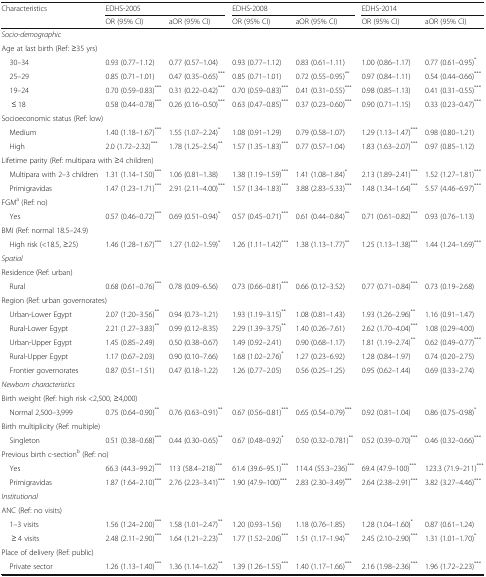
<table><thead><tr><td rowspan="2"><b>Characteristics</b></td><td colspan="2"><b>EDHS-2005</b></td><td colspan="2"><b>EDHS-2008</b></td><td colspan="2"><b>EDHS-2014</b></td></tr><tr><td><b>OR (95% CI)</b></td><td><b>aOR (95% CI)</b></td><td><b>OR (95% CI)</b></td><td><b>aOR (95% CI)</b></td><td><b>OR (95% CI)</b></td><td><b>aOR (95% CI)</b></td></tr></thead><tbody><tr><td colspan="7"><i>Socio-demographic</i></td></tr><tr><td colspan="7">Age at last birth (Ref: ≥35 yrs)</td></tr><tr><td> 30–34</td><td>0.93 (0.77–1.12)</td><td>0.77 (0.57–1.04)</td><td>0.93 (0.77–1.12)</td><td>0.83 (0.61–1.11)</td><td>1.00 (0.86–1.17)</td><td>0.77 (0.61–0.95)<sup>*</sup></td></tr><tr><td> 25–29</td><td>0.85 (0.71–1.01)</td><td>0.47 (0.35–0.65)<sup>***</sup></td><td>0.85 (0.71–1.01)</td><td>0.72 (0.55–0.95)<sup>**</sup></td><td>0.97 (0.84–1.11)</td><td>0.54 (0.44–0.66)<sup>***</sup></td></tr><tr><td> 19–24</td><td>0.70 (0.59–0.83)<sup>***</sup></td><td>0.31 (0.22–0.42)<sup>***</sup></td><td>0.70 (0.59–0.83)<sup>***</sup></td><td>0.41 (0.31–0.55)<sup>***</sup></td><td>0.98 (0.85–1.13)</td><td>0.41 (0.31–0.55)<sup>***</sup></td></tr><tr><td>≤ 18</td><td>0.58 (0.44–0.78)<sup>***</sup></td><td>0.26 (0.16–0.50)<sup>***</sup></td><td>0.63 (0.47–0.85)<sup>***</sup></td><td>0.37 (0.23–0.60)<sup>***</sup></td><td>0.90 (0.71–1.15)</td><td>0.33 (0.23–0.47)<sup>***</sup></td></tr><tr><td colspan="7">Socioeconomic status (Ref: low)</td></tr><tr><td> Medium</td><td>1.40 (1.18–1.67)<sup>***</sup></td><td>1.55 (1.07–2.24)<sup>*</sup></td><td>1.08 (0.91–1.29)</td><td>0.79 (0.58–1.07)</td><td>1.29 (1.13–1.47)<sup>***</sup></td><td>0.98 (0.80–1.21)</td></tr><tr><td> High</td><td>2.0 (1.72–2.32)<sup>***</sup></td><td>1.78 (1.25–2.54)<sup>**</sup></td><td>1.57 (1.35–1.83)<sup>***</sup></td><td>0.77 (0.57–1.04)</td><td>1.83 (1.63–2.07)<sup>***</sup></td><td>0.97 (0.85–1.12)</td></tr><tr><td colspan="7">Lifetime parity (Ref: multipara with ≥4 children)</td></tr><tr><td> Multipara with 2–3 children</td><td>1.31 (1.14–1.50)<sup>***</sup></td><td>1.06 (0.81–1.38)</td><td>1.38 (1.19–1.59)<sup>***</sup></td><td>1.41 (1.08–1.84)<sup>*</sup></td><td>2.13 (1.89–2.41)<sup>***</sup></td><td>1.52 (1.27–1.81)<sup>***</sup></td></tr><tr><td> Primigravidas</td><td>1.47 (1.23–1.71)<sup>***</sup></td><td>2.91 (2.11–4.00)<sup>***</sup></td><td>1.57 (1.34–1.83)<sup>***</sup></td><td>3.88 (2.83–5.33)<sup>***</sup></td><td>1.48 (1.34–1.64)<sup>***</sup></td><td>5.57 (4.46–6.97)<sup>***</sup></td></tr><tr><td colspan="7">FGM<sup>a</sup> (Ref: no)</td></tr><tr><td> Yes</td><td>0.57 (0.46–0.72)<sup>***</sup></td><td>0.69 (0.51–0.94)<sup>*</sup></td><td>0.57 (0.45–0.71)<sup>***</sup></td><td>0.61 (0.44–0.84)<sup>**</sup></td><td>0.71 (0.61–0.82)<sup>***</sup></td><td>0.93 (0.76–1.13)</td></tr><tr><td colspan="7">BMI (Ref: normal 18.5–24.9)</td></tr><tr><td> High risk (&lt;18.5, ≥25)</td><td>1.46 (1.28–1.67)<sup>***</sup></td><td>1.27 (1.02–1.59)<sup>*</sup></td><td>1.26 (1.11–1.42)<sup>***</sup></td><td>1.38 (1.13–1.77)<sup>**</sup></td><td>1.25 (1.13–1.38)<sup>***</sup></td><td>1.44 (1.24–1.69)<sup>***</sup></td></tr><tr><td colspan="7"><i>Spatial</i></td></tr><tr><td colspan="7">Residence (Ref: urban)</td></tr><tr><td> Rural</td><td>0.68 (0.61–0.76)<sup>***</sup></td><td>0.78 (0.09–6.56)</td><td>0.73 (0.66–0.81)<sup>***</sup></td><td>0.66 (0.12–3.52)</td><td>0.77 (0.71–0.84)<sup>***</sup></td><td>0.73 (0.19–2.68)</td></tr><tr><td colspan="7">Region (Ref: urban governorates)</td></tr><tr><td> Urban-Lower Egypt</td><td>2.07 (1.20–3.56)<sup>**</sup></td><td>0.94 (0.73–1.21)</td><td>1.93 (1.19–3.15)<sup>**</sup></td><td>1.08 (0.81–1.43)</td><td>1.93 (1.26–2.96)<sup>**</sup></td><td>1.16 (0.91–1.47)</td></tr><tr><td> Rural-Lower Egypt</td><td>2.21 (1.27–3.83)<sup>**</sup></td><td>0.99 (0.12–8.35)</td><td>2.29 (1.39–3.75)<sup>**</sup></td><td>1.40 (0.26–7.61)</td><td>2.62 (1.70–4.04)<sup>***</sup></td><td>1.08 (0.29–4.00)</td></tr><tr><td> Urban-Upper Egypt</td><td>1.45 (0.85–2.49)</td><td>0.50 (0.38–0.67)</td><td>1.49 (0.92–2.41)</td><td>0.90 (0.68–1.17)</td><td>1.81 (1.19–2.74)<sup>**</sup></td><td>0.62 (0.49–0.77)<sup>***</sup></td></tr><tr><td> Rural-Upper Egypt</td><td>1.17 (0.67–2.03)</td><td>0.90 (0.10–7.66)</td><td>1.68 (1.02–2.76)<sup>*</sup></td><td>1.27 (0.23–6.92)</td><td>1.28 (0.84–1.97)</td><td>0.74 (0.20–2.75)</td></tr><tr><td> Frontier governorates</td><td>0.87 (0.51–1.51)</td><td>0.47 (0.18–1.22)</td><td>1.26 (0.77–2.05)</td><td>0.56 (0.25–1.25)</td><td>0.95 (0.62–1.44)</td><td>0.69 (0.33–2.74)</td></tr><tr><td colspan="7"><i>Newborn characteristics</i></td></tr><tr><td colspan="7">Birth weight (Ref: high risk &lt;2,500, ≥4,000)</td></tr><tr><td> Normal 2,500–3,999</td><td>0.75 (0.64–0.90)<sup>**</sup></td><td>0.76 (0.63–0.91)<sup>**</sup></td><td>0.67 (0.56–0.81)<sup>***</sup></td><td>0.65 (0.54–0.79)<sup>***</sup></td><td>0.92 (0.81–1.04)</td><td>0.86 (0.75–0.98)<sup>*</sup></td></tr><tr><td colspan="7">Birth multiplicity (Ref: multiple)</td></tr><tr><td> Singleton</td><td>0.51 (0.38–0.68)<sup>***</sup></td><td>0.44 (0.30–0.65)<sup>**</sup></td><td>0.67 (0.48–0.92)<sup>*</sup></td><td>0.50 (0.32–0.781)<sup>**</sup></td><td>0.52 (0.39–0.70)<sup>***</sup></td><td>0.46 (0.32–0.66)<sup>***</sup></td></tr><tr><td colspan="7">Previous birth c-section<sup>b</sup> (Ref: no)</td></tr><tr><td> Yes</td><td>66.3 (44.3–99.2)<sup>***</sup></td><td>113 (58.4–218)<sup>***</sup></td><td>61.4 (39.6–95.1)<sup>***</sup></td><td>114.4 (55.3–236)<sup>***</sup></td><td>69.4 (47.9–100)<sup>***</sup></td><td>123.3 (71.9–211)<sup>***</sup></td></tr><tr><td> Primigravidas</td><td>1.87 (1.64–2.10)<sup>***</sup></td><td>2.76 (2.23–3.41)<sup>***</sup></td><td>1.90 (47.9–100)<sup>***</sup></td><td>2.83 (2.30–3.49)<sup>***</sup></td><td>2.64 (2.38–2.91)<sup>***</sup></td><td>3.82 (3.27–4.46)<sup>***</sup></td></tr><tr><td colspan="7"><i>Institutional</i></td></tr><tr><td colspan="7">ANC (Ref: no visits)</td></tr><tr><td> 1–3 visits</td><td>1.56 (1.24–2.00)<sup>***</sup></td><td>1.58 (1.01–2.47)<sup>**</sup></td><td>1.20 (0.93–1.56)</td><td>1.18 (0.76–1.85)</td><td>1.28 (1.04–1.60)<sup>*</sup></td><td>0.87 (0.61–1.24)</td></tr><tr><td>≥ 4 visits</td><td>2.48 (2.11–2.90)<sup>***</sup></td><td>1.64 (1.21–2.23)<sup>**</sup></td><td>1.77 (1.52–2.06)<sup>***</sup></td><td>1.51 (1.17–1.94)<sup>**</sup></td><td>2.45 (2.10–2.90)<sup>***</sup></td><td>1.31 (1.01–1.70)<sup>*</sup></td></tr><tr><td colspan="7">Place of delivery (Ref: public)</td></tr><tr><td> Private sector</td><td>1.26 (1.13–1.40)<sup>***</sup></td><td>1.36 (1.14–1.62)<sup>**</sup></td><td>1.39 (1.26–1.55)<sup>***</sup></td><td>1.40 (1.17–1.66)<sup>***</sup></td><td>2.16 (1.98–2.36)<sup>***</sup></td><td>1.96 (1.72–2.23)<sup>***</sup></td></tr></tbody></table>